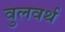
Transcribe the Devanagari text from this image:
वुलवर्थ